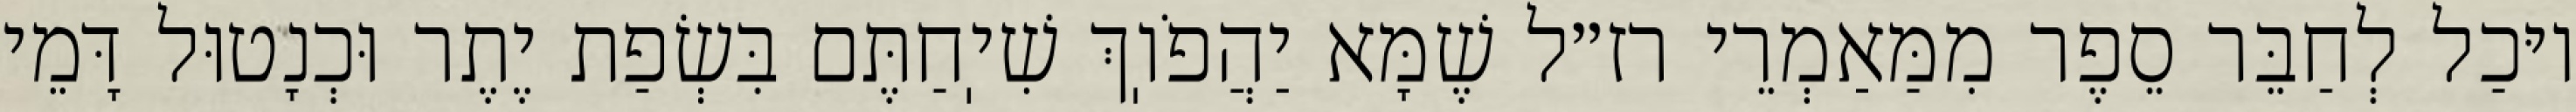
יוּכַל לְחַבֵּר סֵפֶר מִמַּאַמְרֵי רז״ל שֶׁמָּא יַהֲפֹוֽךְ שִׁיֽחַתֶּם בִּשְׂפַת יֶתֶר וּכְנָטוּל דָּמֵי